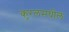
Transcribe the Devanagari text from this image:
कुरलमधील